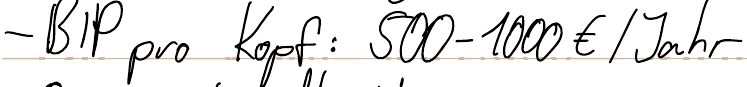
- BIP pro Kopf: 500-1000€ / Jahr